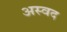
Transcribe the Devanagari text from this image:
अस्वद